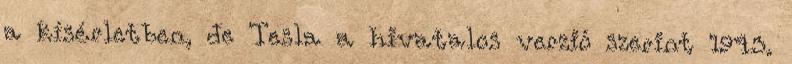
a kísérletben, de Tesla a hivatalos verzió szerint 1943.